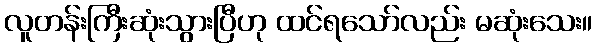
လူတန်းကြီးဆုံးသွားပြီဟု ထင်ရသော်လည်း မဆုံးသေး။